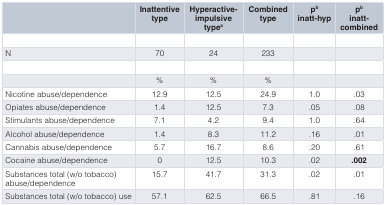
|  | Inattentivetype | Hyperactive-impulsivetypea | Combinedtype | pbinatt-hyp | pbinatt-combined |
 | --- | --- | --- | --- | --- | --- |
 | N | 70 | 24 | 233 |  |  |
 |  | % | % | % |  |  |
 | Nicotine abuse/dependence | 12.9 | 12.5 | 24.9 | 1.0 | .03 |
 | Opiates abuse/dependence | 1.4 | 12.5 | 7.3 | .05 | .08 |
 | Stimulants abuse/dependence | 7.1 | 4.2 | 9.4 | 1.0 | .64 |
 | Alcohol abuse/dependence | 1.4 | 8.3 | 11.2 | .16 | .01 |
 | Cannabis abuse/dependence | 5.7 | 16.7 | 8.6 | .20 | .61 |
 | Cocaine abuse/dependence | 0 | 12.5 | 10.3 | .02 | .002 |
 | Substances total (w/o tobacco)abuse/dependence | 15.7 | 41.7 | 31.3 | .02 | .01 |
 | Substances total (w/o tobacco) use | 57.1 | 62.5 | 66.5 | .81 | .16 |